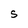
Character: S